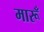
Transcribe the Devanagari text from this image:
मारूँ